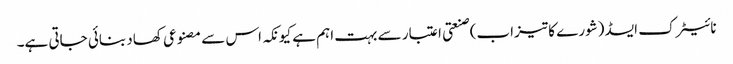
نائیٹرک ایسڈ (شورے کا تیزاب) صنعتی اعتبار سے بہت اہم ہے کیونکہ اس سے مصنوعی کھاد بنائی جاتی ہے۔